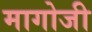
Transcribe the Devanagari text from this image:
मागोजी